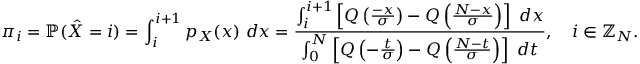
\pi _ { i } = \mathbb { P } ( \hat { X } = i ) = \int _ { i } ^ { i + 1 } p _ { X } ( x ) ~ d x = \frac { \int _ { i } ^ { i + 1 } \left[ Q \left( \frac { - x } { \sigma } \right) - Q \left( \frac { N - x } { \sigma } \right) \right] ~ d x } { \int _ { 0 } ^ { N } \left[ Q \left( - \frac { t } { \sigma } \right) - Q \left( \frac { N - t } { \sigma } \right) \right] ~ d t } , ~ ~ ~ i \in \mathbb { Z } _ { N } .